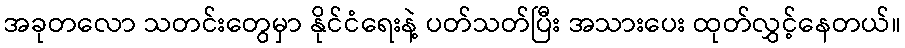
အခုတလော သတင်းတွေမှာ နိုင်ငံရေးနဲ့ ပတ်သတ်ပြီး အသားပေး ထုတ်လွှင့်နေတယ်။